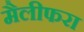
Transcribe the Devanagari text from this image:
मैलीफरा